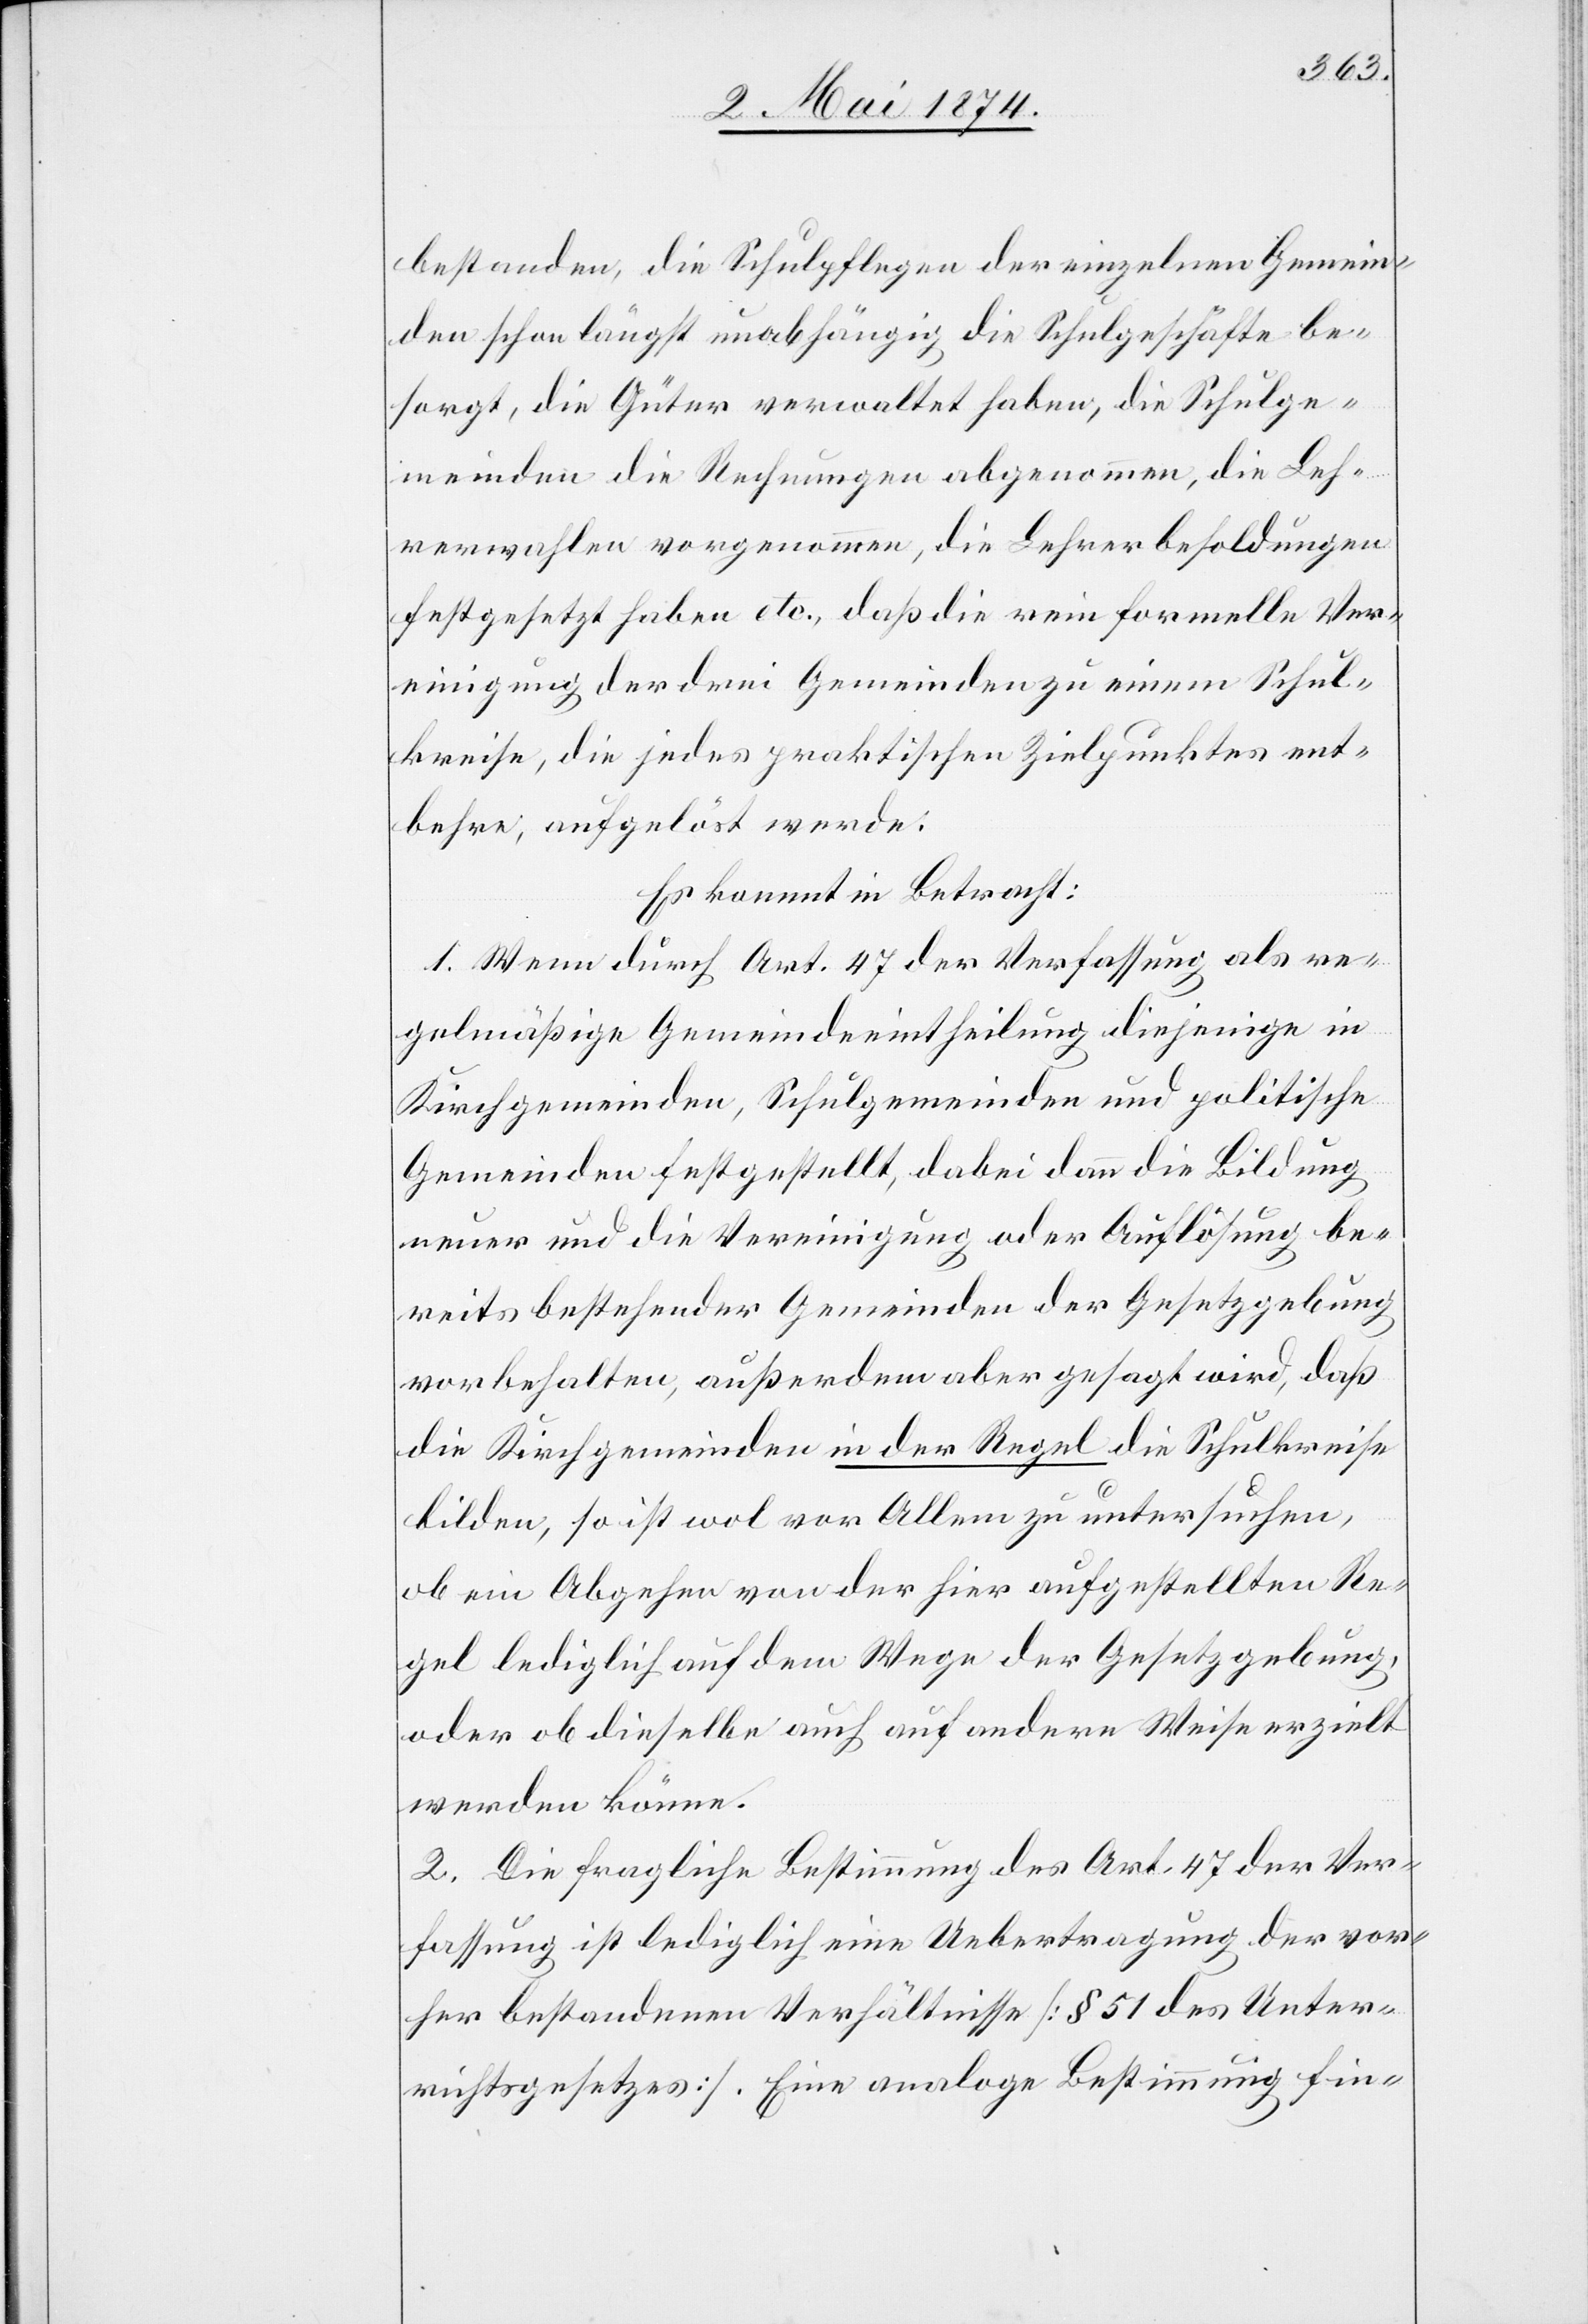
bestanden, die Schulpflegen der einzelnen Gemein¬
den schon längst unabhängig die Schulgeschäfte be¬
sorgt, die Güter verwaltet haben, die Schulge¬
meinden die Rechnungen abgenommen, die Leh¬
rerwahlen vorgenommen, die Lehrerbesoldungen
festgesetzt haben etc., daß die rein formelle Ver¬
einigung der drei Gemeinden zu einem Schul¬
kreise, die jedes praktischen Zielpunktes ent¬
behre, aufgelöst werde.
Es kommt in Betracht:
1. Wenn durch Art. 47 der Verfassung als re¬
gelmäßige Gemeindeintheilung diejenige in
Kirchgemeinden, Schulgemeinden und politische
Gemeinden festgestellt, dabei dann die Bildung
neuer und die Vereinigung oder Auflösung be¬
reits bestehender Gemeinden der Gesetzgebung
vorbehalten, außerdem aber gesagt wird, daß
die Kirchgemeinden in der Regel die Schulkreise
bilden, so ist wol vor Allem zu untersuchen,
ob ein Abgehen von der hier aufgestellten Re¬
gel lediglich auf dem Wege der Gesetzgebung,
oder ob dieselbe auch auf andere Weise erzielt
werden könne.
2. Die fragliche Bestimmung des Art. 47 der Ver¬
fassung ist lediglich eine Uebertragung der vor¬
her bestandenen Verhältnisse [§ 51 des Unter¬
richtsgesetzes]. Eine analoge Bestimmung fin-